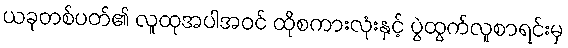
ယခုတစ်ပတ်၏ လူထုအပါအဝင် ထိုစကားလုံးနှင့် ပွဲထွက်လူစာရင်းမှ